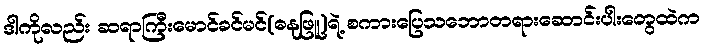
ဒါကိုလည်း ဆရာကြီးမောင်ခင်မင်(ဓနုဖြူ)ရဲ့ စကားပြေသဘောတရားဆောင်းပါးတွေထဲက